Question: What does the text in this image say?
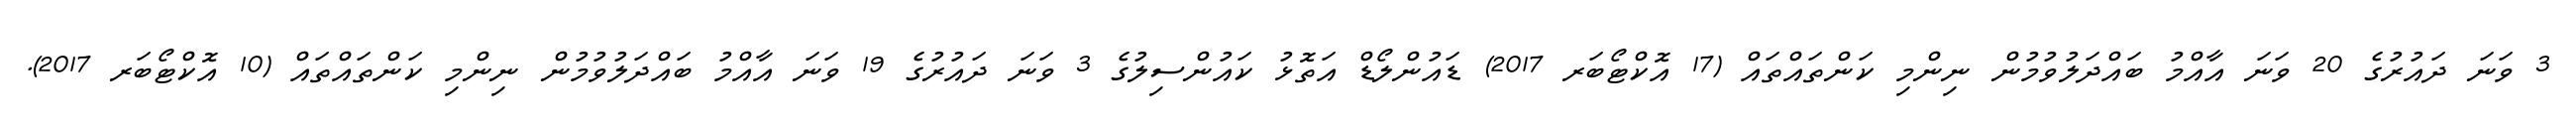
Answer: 3 ވަނަ ދައުރުގެ 20 ވަނަ އާއްމު ބައްދަލުވުމުން ނިންމި ކަންތައްތައް (17 އޮކްޓޯބަރ 2017) ޑައުންލޯޑް އަތޮޅު ކައުންސިލުގެ 3 ވަނަ ދައުރުގެ 19 ވަނަ އާއްމު ބައްދަލުވުމުން ނިންމި ކަންތައްތައް (10 އޮކްޓޯބަރ 2017).